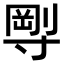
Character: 𡬼